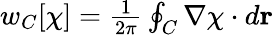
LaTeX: \begin{array}{r}{w_{C}[\chi]={\frac{1}{2\pi}}\oint_{C}\nabla\chi\cdot d{\mathbf r}}\end{array}